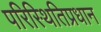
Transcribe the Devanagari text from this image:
परिस्थितिप्रधान